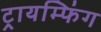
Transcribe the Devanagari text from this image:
ट्रायम्फिंग